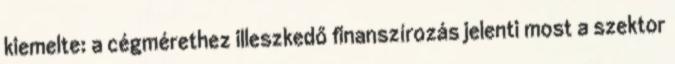
kiemelte: a cégmérethez illeszkedő finanszírozás jelenti most a szektor